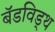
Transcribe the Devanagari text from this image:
बॅडविड्थ